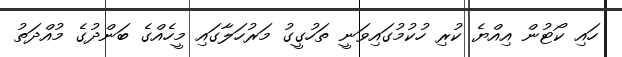
ހައި ކޯޓުން އިއްޔެ ކުރި ހުކުމުގައިވަނީ ތަހުގީގު މަރުހަލާގައި މީހެއްގެ ބަންދުގެ މުއްދަތު